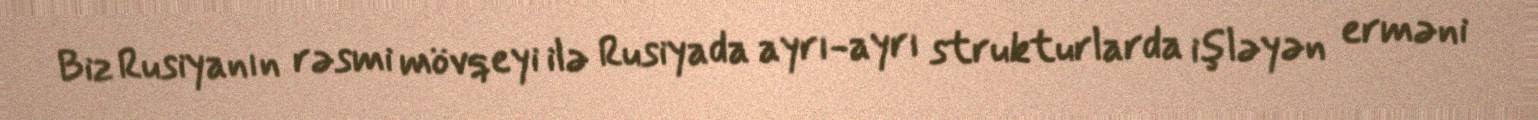
Biz Rusiyanın rəsmi mövqeyi ilə Rusiyada ayrı-ayrı strukturlarda işləyən erməni